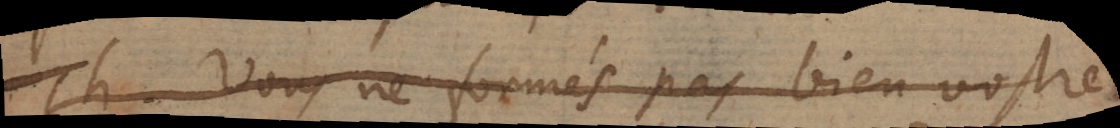
Th. Vous ne formés pas bien vostre